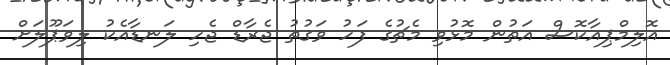
އޮލިމްޕިއާކޮސް އަތުން މޮޅުވި މެޗުގެ ފަހު ވަގުތު ޖެރާޑް ޖެހި ލަނޑާއެކު ލިވަޕޫލަށް